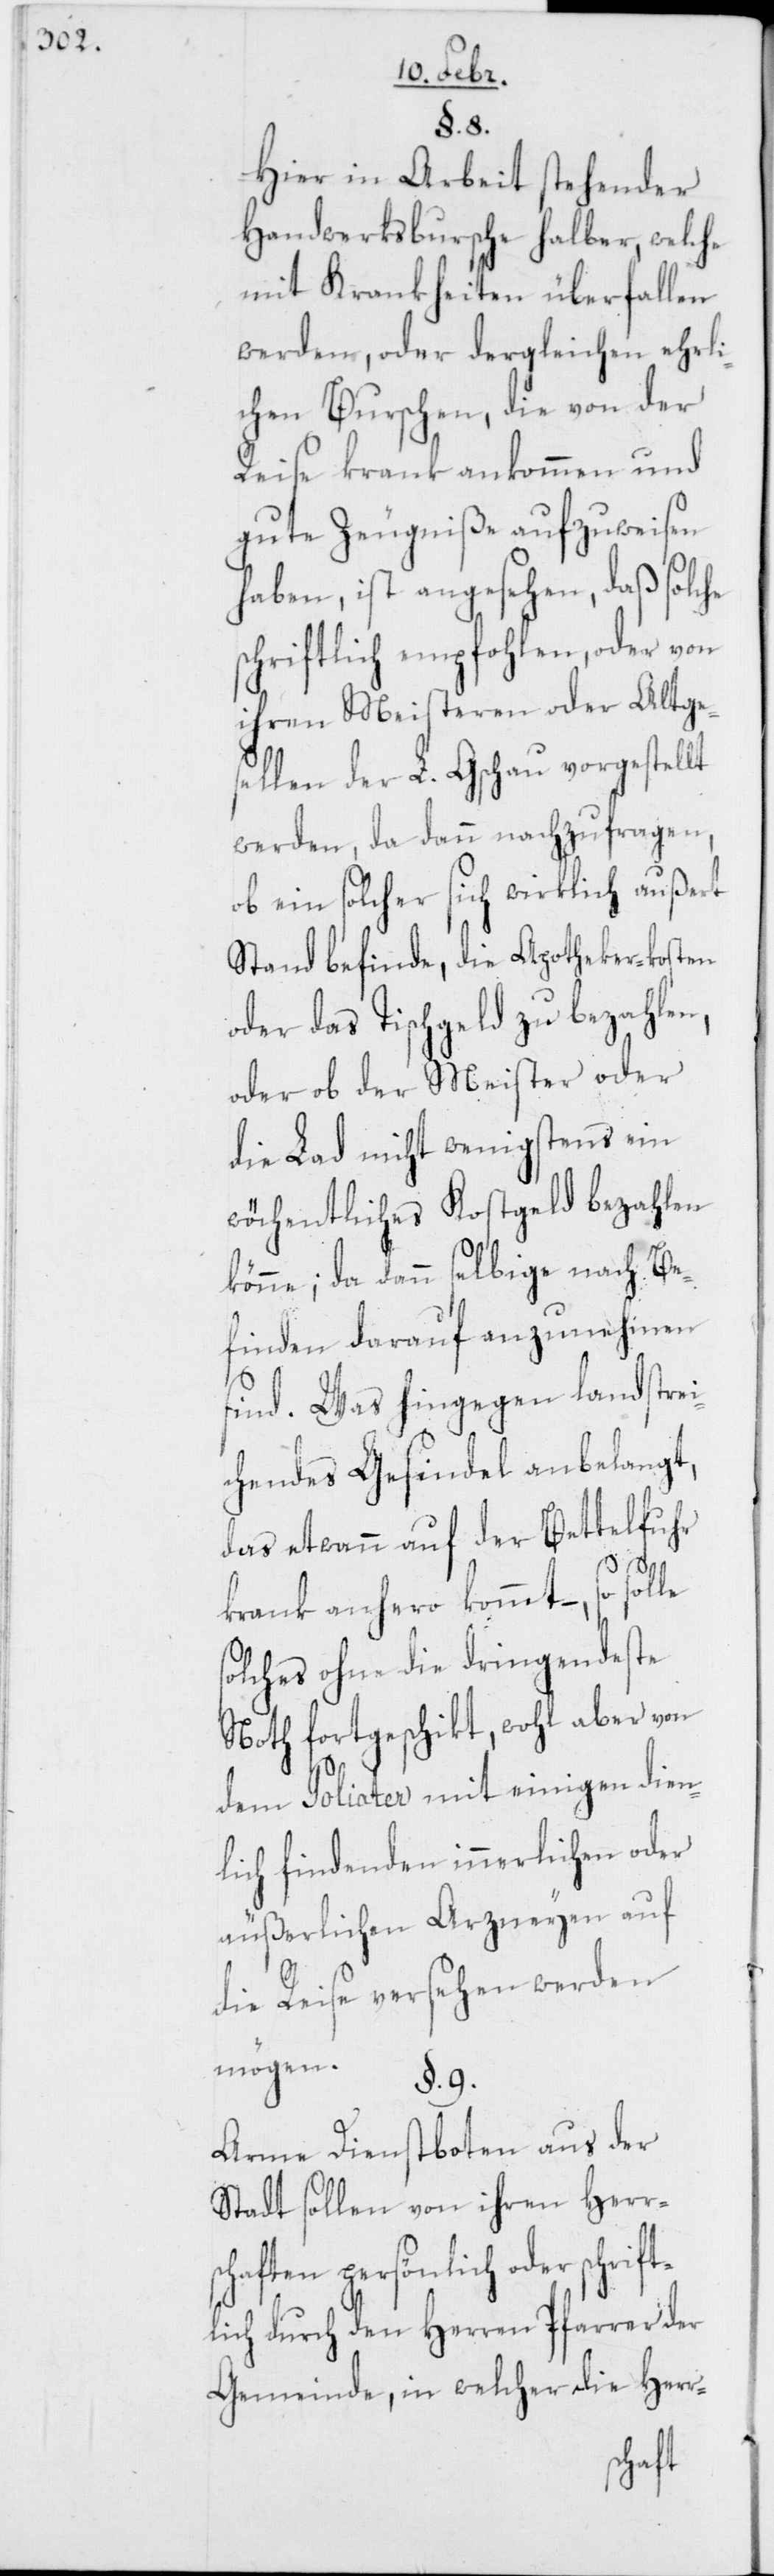
§. 8.
Hier in Arbeit stehender
Handwerksbursche halber, welche
mit Krankheiten überfallen
werden, oder dergleichen ehrli¬
chen Burschen, die von der
Reise krank ankommen und
gute Zeugniße aufzuweisen
haben, ist angesehen, daß solche
schriftlich empfohlen, oder von
ihren Meisteren oder Altge¬
sellen der L. Gschau vorgestellt
werden, da dann nachzufragen,
ob ein solcher sich wirklich außert
Stand befinde, die Apotheker-Kosten
oder das Tischgeld zu bezahlen,
oder ob der Meister oder
die Lad nicht wenigstens ein
wöchentliches Kostgeld bezahlen
könne; da dann selbige nach Be¬
finden darauf anzunehmen
sind. Was hingegen landstrei¬
chendes Gesindel anbelangt,
das etwann auf der Bettelfuhr
krank anhero kommt, – so
solches ohne die dringendste
Noth fortgeschikt, wohl aber von
dem Poliater mit einigen dien¬
lich findenden innerlichen oder
äußerlichen Arzneyen auf
die Reise versehen werden
mögen.
§. 9.
Arme Dienstboten aus der
Stadt sollen von ihren Herr¬
schaften persönlich oder schrif¬
tlich durch den Herren Pfarrer der
Gemeinde, in welcher die Herr-